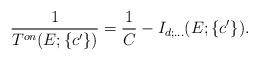
LaTeX: \begin{align*}\displaystyle\frac{1}{T^{on}(E;\{c^{\prime}\})} = \displaystyle\frac{1}{C} -I_{d;\ldots}(E;\{c^{\prime}\}).\end{align*}